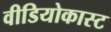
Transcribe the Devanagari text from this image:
वीडियोकास्ट